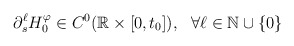
\begin{align*}\partial_s^\ell H_0^\varphi\in C^0 (\mathbb R\times[0,t_0]), ~~ \forall \ell\in\mathbb N\cup\{0\}\end{align*}